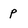
Character: p